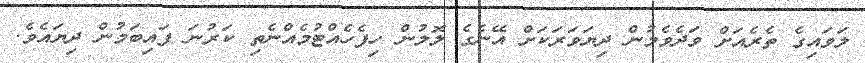
ލަވައިގެ ތެރެއަށް ވަދެވެމުން ދިޔަވަރަކަށް އޭނެގެ ލޮލުން ހިފެހެއްޓުމެއްނެތި ކަރުނަ ފައިބަމުން ދިޔައެވެ.